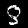
Label: 8